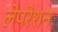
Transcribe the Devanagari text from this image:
लेपरेशन